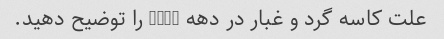
علت کاسه گرد و غبار در دهه 1930 را توضیح دهید.